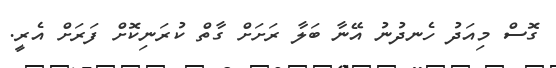
ގޮސް މިއަދު ހެނދުނު އޭނާ ބަލާ ރަށަށް ގާތް ކުރަނިކޮށް ފަރަށް އެރީ.